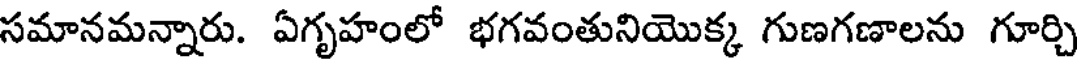
సమానమన్నారు. ఏగృహంలో భగవంతునియొక్క గుణగణాలను గూర్చి